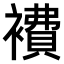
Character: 𧝇